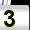
Digit: 3